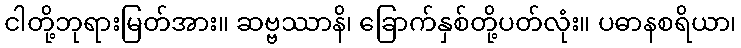
ငါတို့ဘုရားမြတ်အား။ ဆဗ္ဗဿာနိ၊ ခြောက်နှစ်တို့ပတ်လုံး။ ပဓာနစရိယာ၊